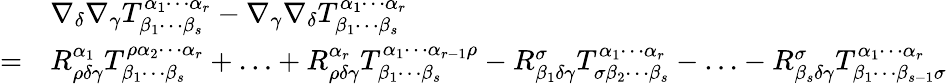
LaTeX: {\begin{array}{rl}&{\nabla_{\delta}\nabla_{\gamma}T^{\alpha_{1}\cdots\alpha_{r}}_{\beta_{1}\cdots\beta_{s}}-\nabla_{\gamma}\nabla_{\delta}T^{\alpha_{1}\cdots\alpha_{r}}_{\beta_{1}\cdots\beta_{s}}}\\ {=}&{R^{\alpha_{1}}_{\rho\delta\gamma}T^{\rho\alpha_{2}\cdots\alpha_{r}}_{\beta_{1}\cdots\beta_{s}}+\ldots+R^{\alpha_{r}}_{\rho\delta\gamma}T^{\alpha_{1}\cdots\alpha_{r-1}\rho}_{\beta_{1}\cdots\beta_{s}}-R^{\sigma}_{\beta_{1}\delta\gamma}T^{\alpha_{1}\cdots\alpha_{r}}_{\sigma\beta_{2}\cdots\beta_{s}}-\ldots-R^{\sigma}_{\beta_{s}\delta\gamma}T^{\alpha_{1}\cdots\alpha_{r}}_{\beta_{1}\cdots\beta_{s-1}\sigma}}\end{array}}